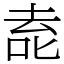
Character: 唟